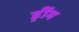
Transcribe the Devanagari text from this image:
ड्रींम